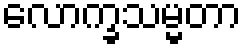
လောက္ခသမ္မတာ